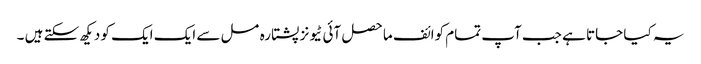
یہ کیا جاتا ہے جب آپ تمام کوائف ماحصل آئی ٹیونز پشتارہ مسل سے ایک ایک کو دیکھ سکتے ہیں ۔